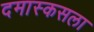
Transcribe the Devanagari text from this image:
दमास्कसला